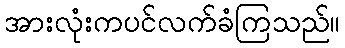
အားလုံးကပင်လက်ခံကြသည်။